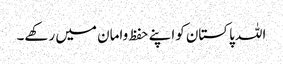
اللہ پاکستان کواپنے حفظ وامان میں رکھے۔